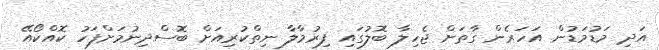
އަދި މަޑުމަޑުން އަހަރެން ގާތަށް ޖެހިލާ ބޮލުގައި ފިރުމާލާ ނިތްކުރިއަށް ބޮސްދިނުމަށްފަހު ކޮއްކޯއޭ